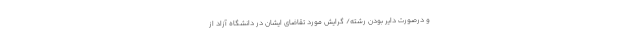
و درصورت دایر بودن رشته/ گرایش مورد تقاضای ایشان در دانشگاه آزاد از